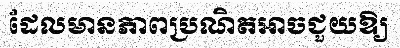
ដែលមានភាពប្រណិតអាចជួយឱ្យ